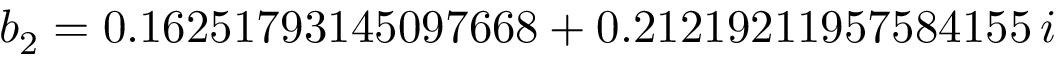
b _ { 2 } = 0 . 1 6 2 5 1 7 9 3 1 4 5 0 9 7 6 6 8 + 0 . 2 1 2 1 9 2 1 1 9 5 7 5 8 4 1 5 5 \, i